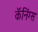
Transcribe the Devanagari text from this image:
कॅनिंग्स